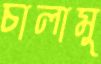
চালামু